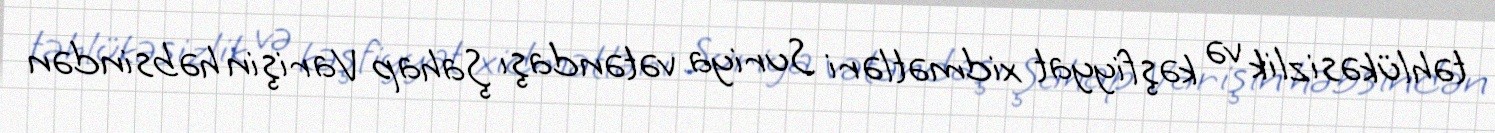
təhlükəsizlik və kəşfiyyat xidmətləri Suriya vətəndaşı Şahap Varişin həbsindən